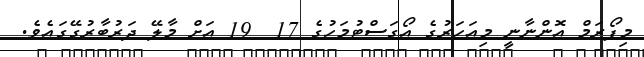
މިފޯރަމް އޮންނާނީ މިއަހަރުގެ އޯގަސްޓުމަހުގެ 17  19 އަށް މާލޭ ދަރުބާރުގޭގައެވެ.